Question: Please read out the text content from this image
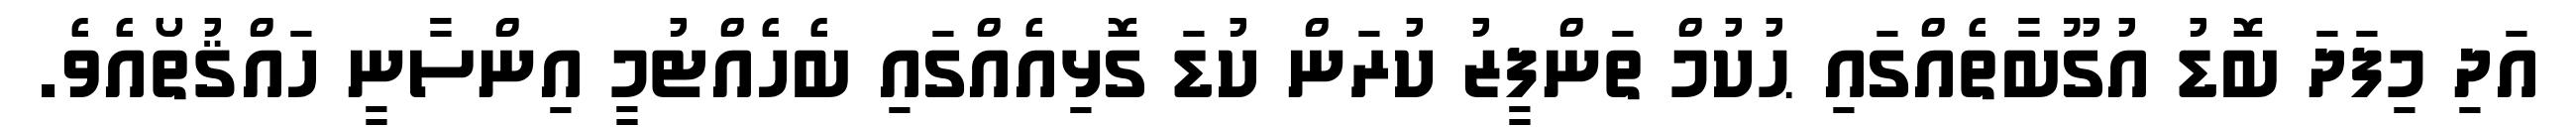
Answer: އަދި މިފަދަ ބޮޑު އުގޫބާތެއްގައި ޙުކުމް ތަންފީޒު ކުރަން ކުޑަ ގޮޅިއެއްގައި ބެހެއްޓުމީ އިންސާނީ ހައްޤުތޯއެވެ.